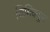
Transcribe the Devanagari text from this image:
चिमिक्युस